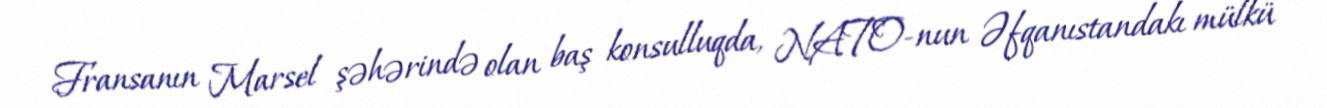
Fransanın Marsel şəhərində olan baş konsulluqda, NATO-nun Əfqanıstandakı mülkü